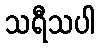
သရီသပါ